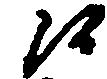
候